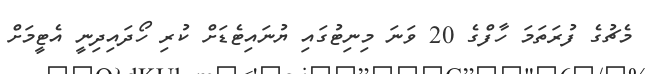
މެޗުގެ ފުރަތަމަ ހާފްގެ 20 ވަނަ މިނިޓުގައި ޔުނައިޓެޑަށް ކުރި ހޯދައިދިނީ އެޓީމަށް